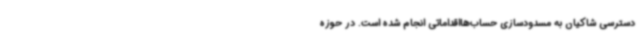
دسترسی شاکیان به مسدودسازی حساب‌هااقداماتی انجام شده است. در حوزه